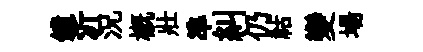
鐘沂況概壯準糾仍祜變場